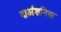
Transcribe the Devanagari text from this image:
दार्अशनिक